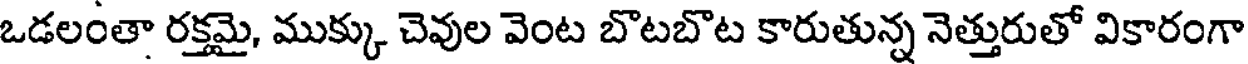
ఒడలంతా రక్తమై, ముక్కు చెవుల వెంట బొటబొట కారుతున్న నెత్తురుతో వికారంగా